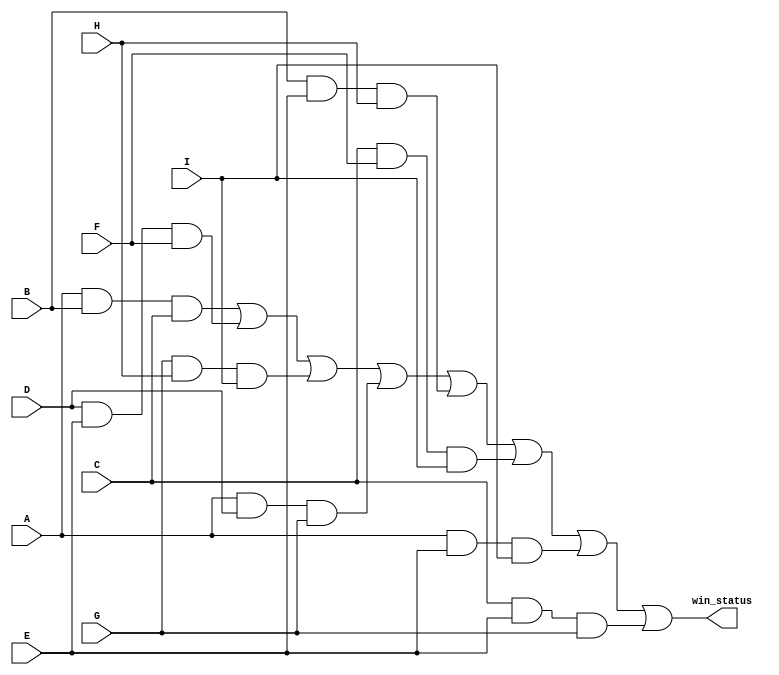
module win_detect
	(output win_status,
	 input A, B, C, D, E, F, G, H, I);

	wire first_row, second_row, third_row, first_column, second_column, third_column, first_diagonal, second_diagonal;

	and(first_row, A, B, C);
	and(second_row, D, E, F);
	and(third_row, G, H, I);
	and(first_column, A, D, G);
	and(second_column, B, E, H);
	and(third_column, C, F, I);
	and(first_diagonal, A, E, I);
	and(second_diagonal, C, E, G);

	or(win_status, first_row, second_row, third_row, first_column, second_column, third_column, first_diagonal, second_diagonal);

	// always @(*) begin
	// 	$display("win_status = %b, A = %b, B = %b, C = %b, D = %b, E = %b, F = %b, G = %b, H = %b, I = %b, time: %1d", 
	// 		win_status, A, B, C, D, E, F, G, H, I, $time);
	// end

endmodule